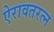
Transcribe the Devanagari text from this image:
ऐरावतरत्न